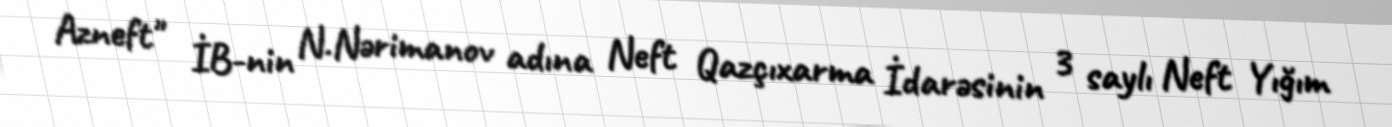
Azneft" İB-nin N.Nərimanov adına Neft Qazçıxarma İdarəsinin 3 saylı Neft Yığım